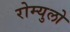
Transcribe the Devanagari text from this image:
रोम्युलो